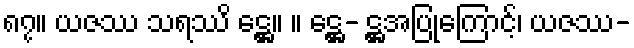
၈၇။ ယဇဿ သရဿိ ဋ္ဌေ။ ။ ဋ္ဌေ- ဋ္ဌအပြုကြောင့်၊ ယဇဿ-